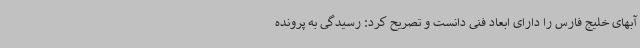
آبهای خلیج فارس را دارای ابعاد فنی دانست و تصریح کرد: رسیدگی به پرونده